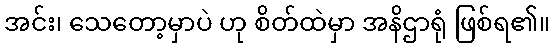
အင်း၊ သေတော့မှာပဲ ဟု စိတ်ထဲမှာ အနိဌာရုံ ဖြစ်ရ၏။